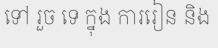
ទៅ រួច ទេ ក្នុង ការរៀន និង